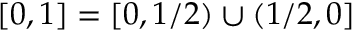
[ 0 , 1 ] = [ 0 , 1 / 2 ) \cup ( 1 / 2 , 0 ]